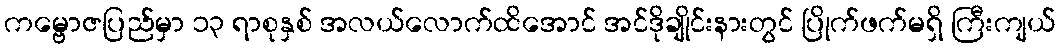
ကမ္ဗောဇပြည်မှာ ၁၃ ရာစုနှစ် အလယ်လောက်ထိအောင် အင်ဒိုချိုင်းနားတွင် ပြိုက်ဖက်မရှိ ကြီးကျယ်